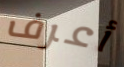
أعرف